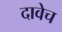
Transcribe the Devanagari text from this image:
दावेच